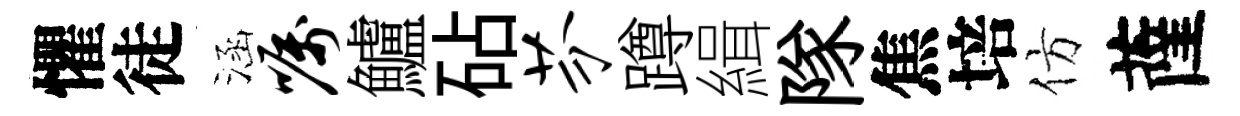
懼徒涵嘱鱸砧芬蹲緝隊焦培仿薩